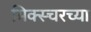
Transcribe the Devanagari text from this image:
मिक्स्चरच्या